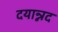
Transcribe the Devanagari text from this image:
दयान्नद